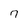
Character: 7